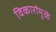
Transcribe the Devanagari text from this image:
विकारांमुळे